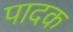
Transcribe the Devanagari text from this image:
पादक